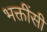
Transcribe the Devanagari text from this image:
भक्तींसी